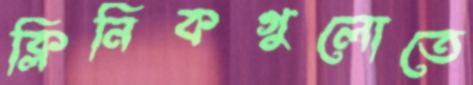
ক্লিনিকগুলোতে